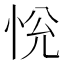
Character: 恱